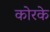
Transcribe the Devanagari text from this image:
कोरके